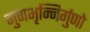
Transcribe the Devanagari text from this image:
गुणभृन्निर्गुणो